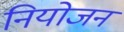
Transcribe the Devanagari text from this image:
नियोजन